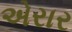
એરાર